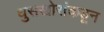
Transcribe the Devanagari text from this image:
घुसखोरांकडून